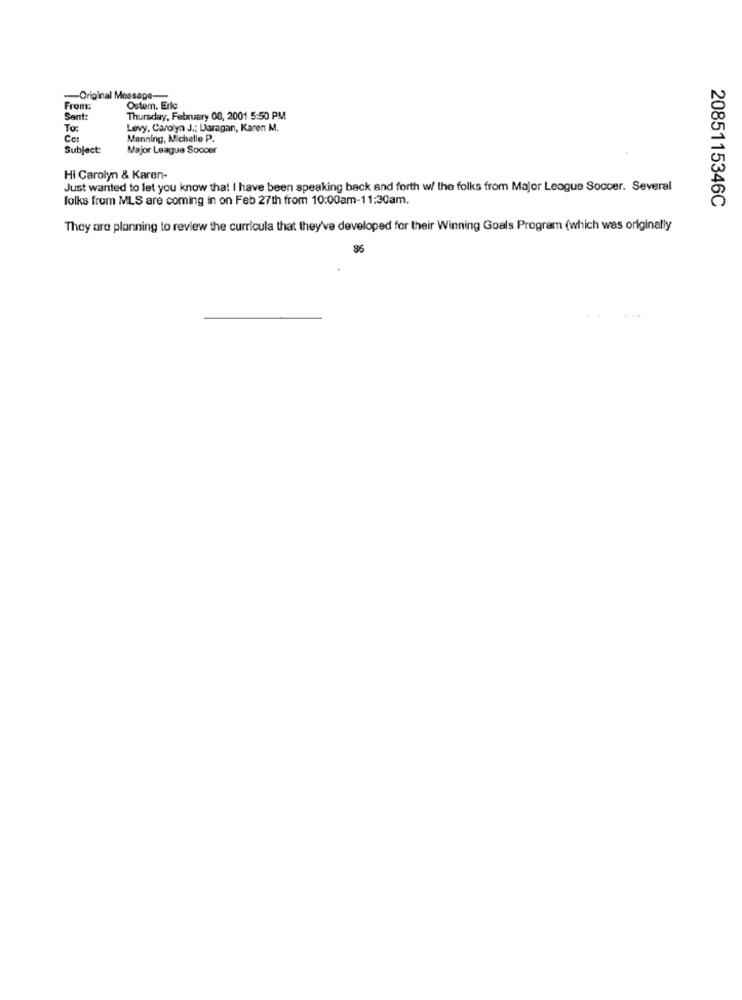
-Original Message -----
From:
Ostem. Erte
Sent:
Thursday, February 08, 2001 5:50 PM
To:
Levy, Carolyn J .; Daragan, Karen M.
Cet
Manning, Michelle P.
Subject:
Major League Soccer
Hi Carolyn & Karen-
Just wanted to let you know that I have been speaking back and forth w/ the folks from Major League Soccer. Several
folks from MLS are coming in on Feb 27th from 10:00am-11:30am.
2085115346C
They are planning to review the curricula that they've developed for their Winning Goals Program (which was originally
86